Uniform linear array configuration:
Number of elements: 24
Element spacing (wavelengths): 0.25
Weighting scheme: binomial
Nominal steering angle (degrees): -30
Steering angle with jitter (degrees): -30.038
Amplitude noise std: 0.05
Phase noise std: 0.05

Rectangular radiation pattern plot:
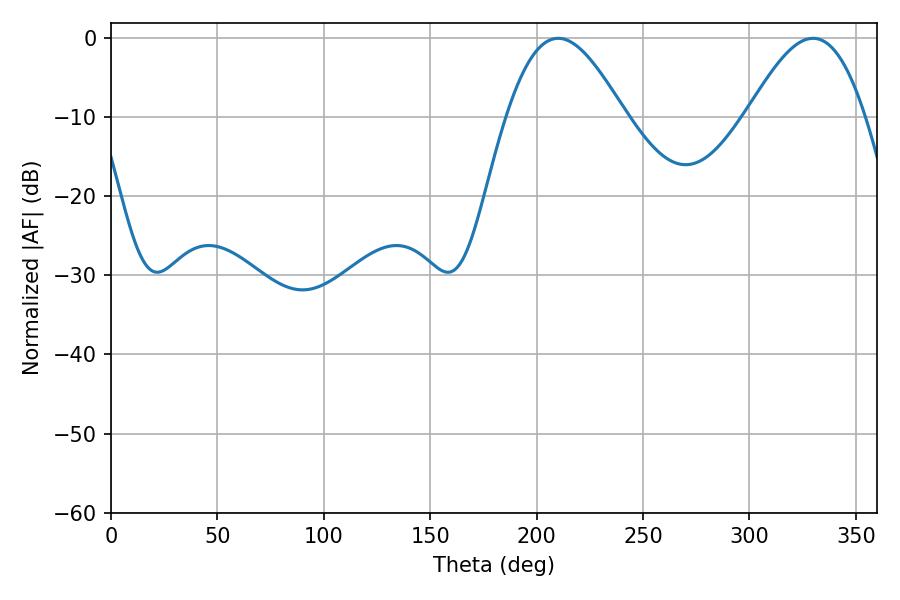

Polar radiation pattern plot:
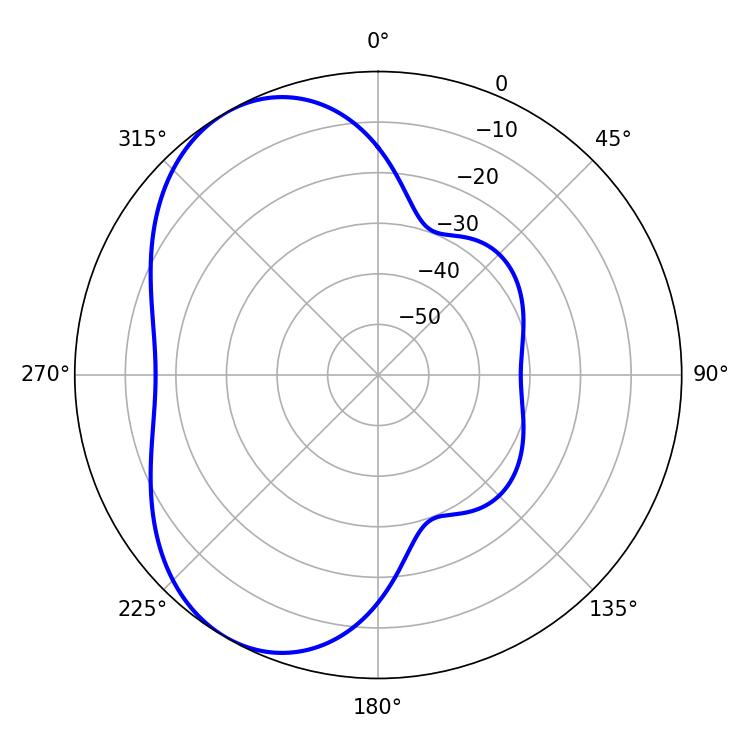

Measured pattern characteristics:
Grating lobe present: FALSE
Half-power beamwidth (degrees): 29.7
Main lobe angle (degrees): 329.94